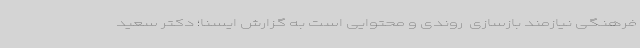
فرهنگی نیازمند بازسازی  روندی و محتوایی است به گزارش ایسنا؛ دکتر سعید